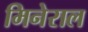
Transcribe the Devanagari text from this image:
मिनेराल